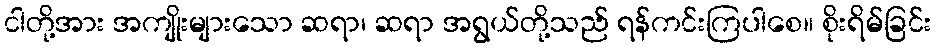
ငါတို့အား အကျိုးများသော ဆရာ၊ ဆရာ အရွယ်တို့သည် ရန်ကင်းကြပါစေ။ စိုးရိမ်ခြင်း